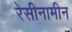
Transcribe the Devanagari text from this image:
रेसीनामीन